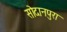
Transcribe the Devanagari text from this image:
सोदानपुरा